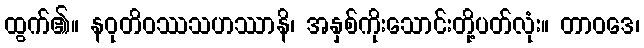
ထွက်၏။ နဝုတိဝဿသဟဿာနိ၊ အနှစ်ကိုးသောင်းတို့ပတ်လုံး။ တာဝဒေ၊